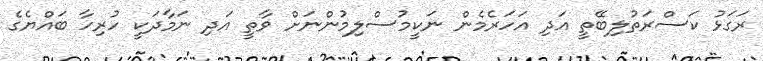
ރަގަޅު ކަސްރަތުލިބޭތީ އަދި އަހަރެމެން ނަކީމުސްލިމުންނަށް ވާތީ އަދި ނަމާދަކީ ހުރިހާ ބައްޔެގެ